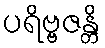
ပရိဗ္ဗဇန္တိ